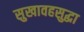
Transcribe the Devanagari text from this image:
सुखावहसुद्धा